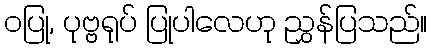
ဝပြု, ပုဗ္ဗရုပ် ပြုပါလေဟု ညွှန်ပြသည်။